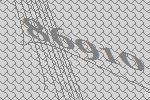
86910